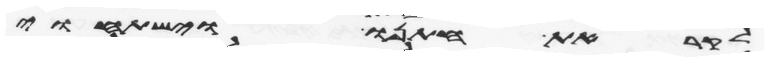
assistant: לקראת חתנו וישתחוי